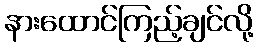
နားထောင်ကြည့်ချင်လို့